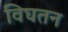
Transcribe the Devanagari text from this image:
विघतन